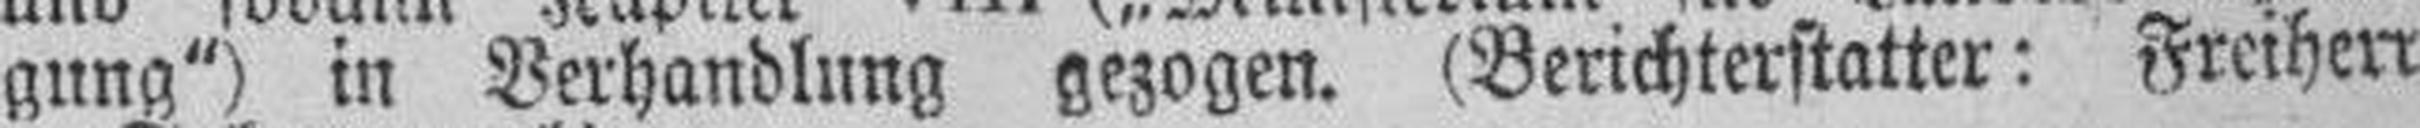
gung") in Verhandlung gezogen. (Berichterstatter: Freiherr